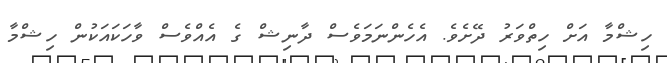
ހިޝްމާ އަށް ހިތްވަރު ދޭށެވެ. އެހެންނަމަވެސް ދާނިޝް ގެ އެއްވެސް ވާހަކައަކުން ހިޝްމާ